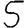
Digit: 5